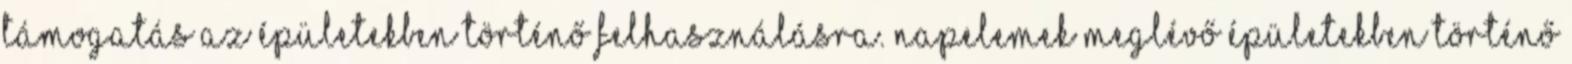
támogatás az épületekben történő felhasználásra. Napelemek meglévő épületekben történő